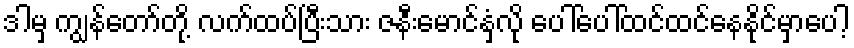
ဒါမှ ကျွန်တော်တို့ လက်ထပ်ပြီးသား ဇနီးမောင်နှံလို ပေါ်ပေါ်ထင်ထင်နေနိုင်မှာပေါ့